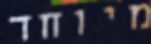
מיוחד